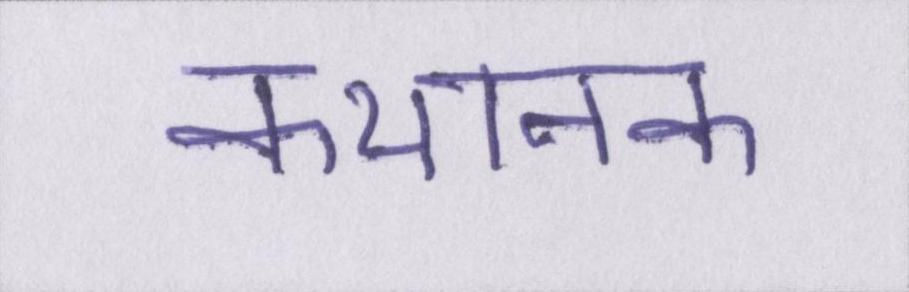
कथानक